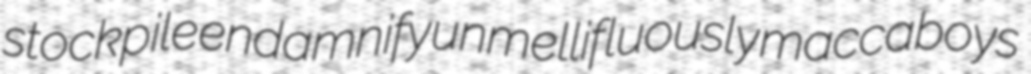
stockpile endamnify unmellifluously maccaboys